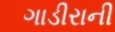
ગાડીરાની